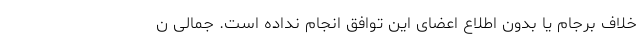
خلاف برجام یا بدون اطلاع اعضای این توافق انجام نداده است. جمالی ن